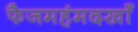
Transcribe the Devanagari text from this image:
फैजमहंमदखाँ